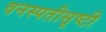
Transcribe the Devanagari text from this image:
वनस्पतीसृष्टी